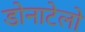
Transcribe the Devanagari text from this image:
डोनाटेलो